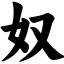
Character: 奴